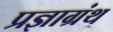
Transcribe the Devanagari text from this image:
प्रज्ञाग्रंथ